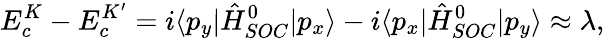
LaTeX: E_{c}^{K}-E_{c}^{K^{\prime}}=i\langle p_{y}|\hat{H}_{SOC}^{0}|p_{x}\rangle-i\langle p_{x}|\hat{H}_{SOC}^{0}|p_{y}\rangle\approx\lambda,